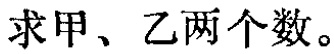
求甲、乙两个数。